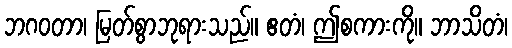
ဘဂဝတာ၊ မြတ်စွာဘုရားသည်။ ဧတံ၊ ဤစကားကို။ ဘာသိတံ၊